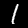
Digit: 1